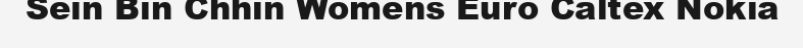
Sein Bin Chhin Womens Euro Caltex Nokia